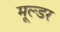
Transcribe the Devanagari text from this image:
मूल्डर